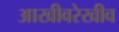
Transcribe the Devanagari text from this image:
आखीवरेखीव